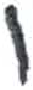
אות: ו